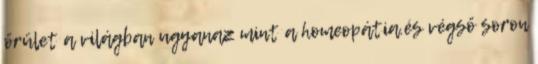
őrület a világban ugyanaz mint a homeopátia.és végső soron